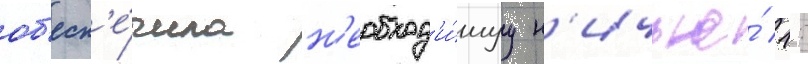
об'есп'е́чила н'еобход'и́муу н'ичью́ 1: